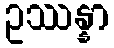
ဥဿန္နာ